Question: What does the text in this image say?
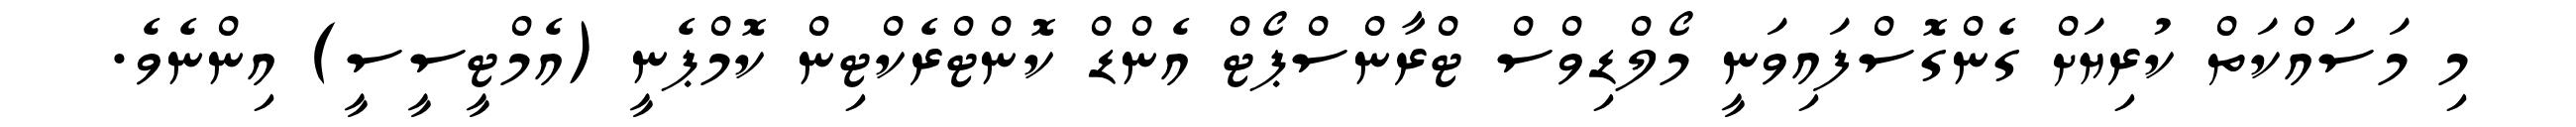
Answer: މި މަސައްކަތް ކުރިޔަށް ގެންގޮސްފައިވަނީ މޯލްޑިވްސް ޓްރާންސްޕޯޓް އެންޑް ކޮންޓްރެކްޓިން ކޮމްޕެނީ (އެމްޓީސީސީ) އިންނެވެ.